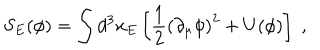
S _ { E } ( \phi ) = \int d ^ { 3 } x _ { E } \left[ \frac { 1 } { 2 } \left( \partial _ { \mu } \phi \right) ^ { 2 } + U ( \phi ) \right] \; ,